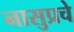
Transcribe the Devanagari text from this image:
नासुप्रचे